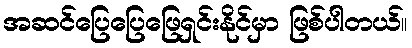
အဆင်ပြေပြေဖြေရှင်းနိုင်မှာ ဖြစ်ပါတယ်။